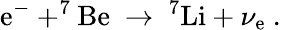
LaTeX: \mathrm{e}^{-}+^{7}\mathrm{{B\mathrm{e}}}\ \to\ ^{7}\mathrm{{Li}}+\nu_{\mathrm{e}}\ .